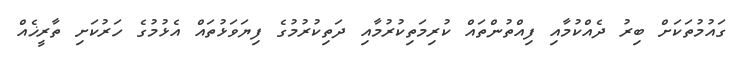
ގައުމުތަކަށް ބިރު ދެއްކުމާއި ފިއްތުންތައް ކުރިމަތިކުރުމާއި ދަތިކުރުމުގެ ފިޔަވަޅުތައް އެޅުމުގެ ހަރުކަށި ތާރީޚެއް